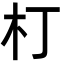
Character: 朾